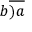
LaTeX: b { \overline { { ) a } } }